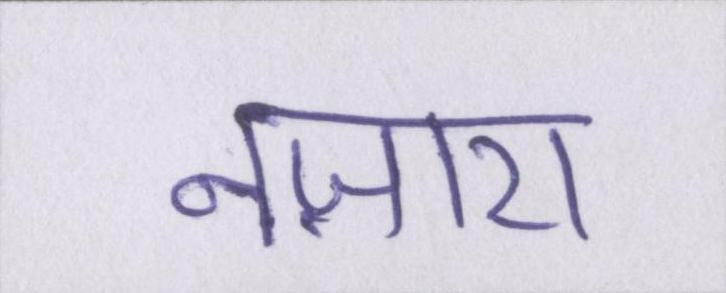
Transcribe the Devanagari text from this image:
नज़ारा